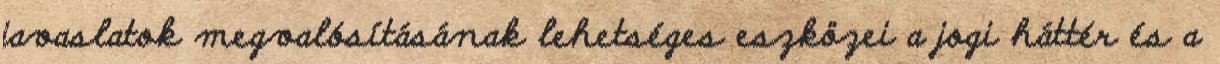
javaslatok megvalósításának lehetséges eszközei a jogi háttér és a